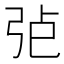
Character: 𢏍